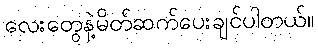
လေးတွေနဲ့မိတ်ဆက်ပေးချင်ပါတယ်။